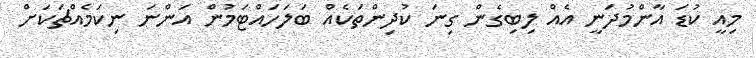
މިއީ ކުޑަ އާންމުދަނީ އެއް ލިބިގެން ގިނަ ކުދިންތަކެއް ބަލަހައްޓަމުން އަންނަ ނިކަމެއްޗަކަށް